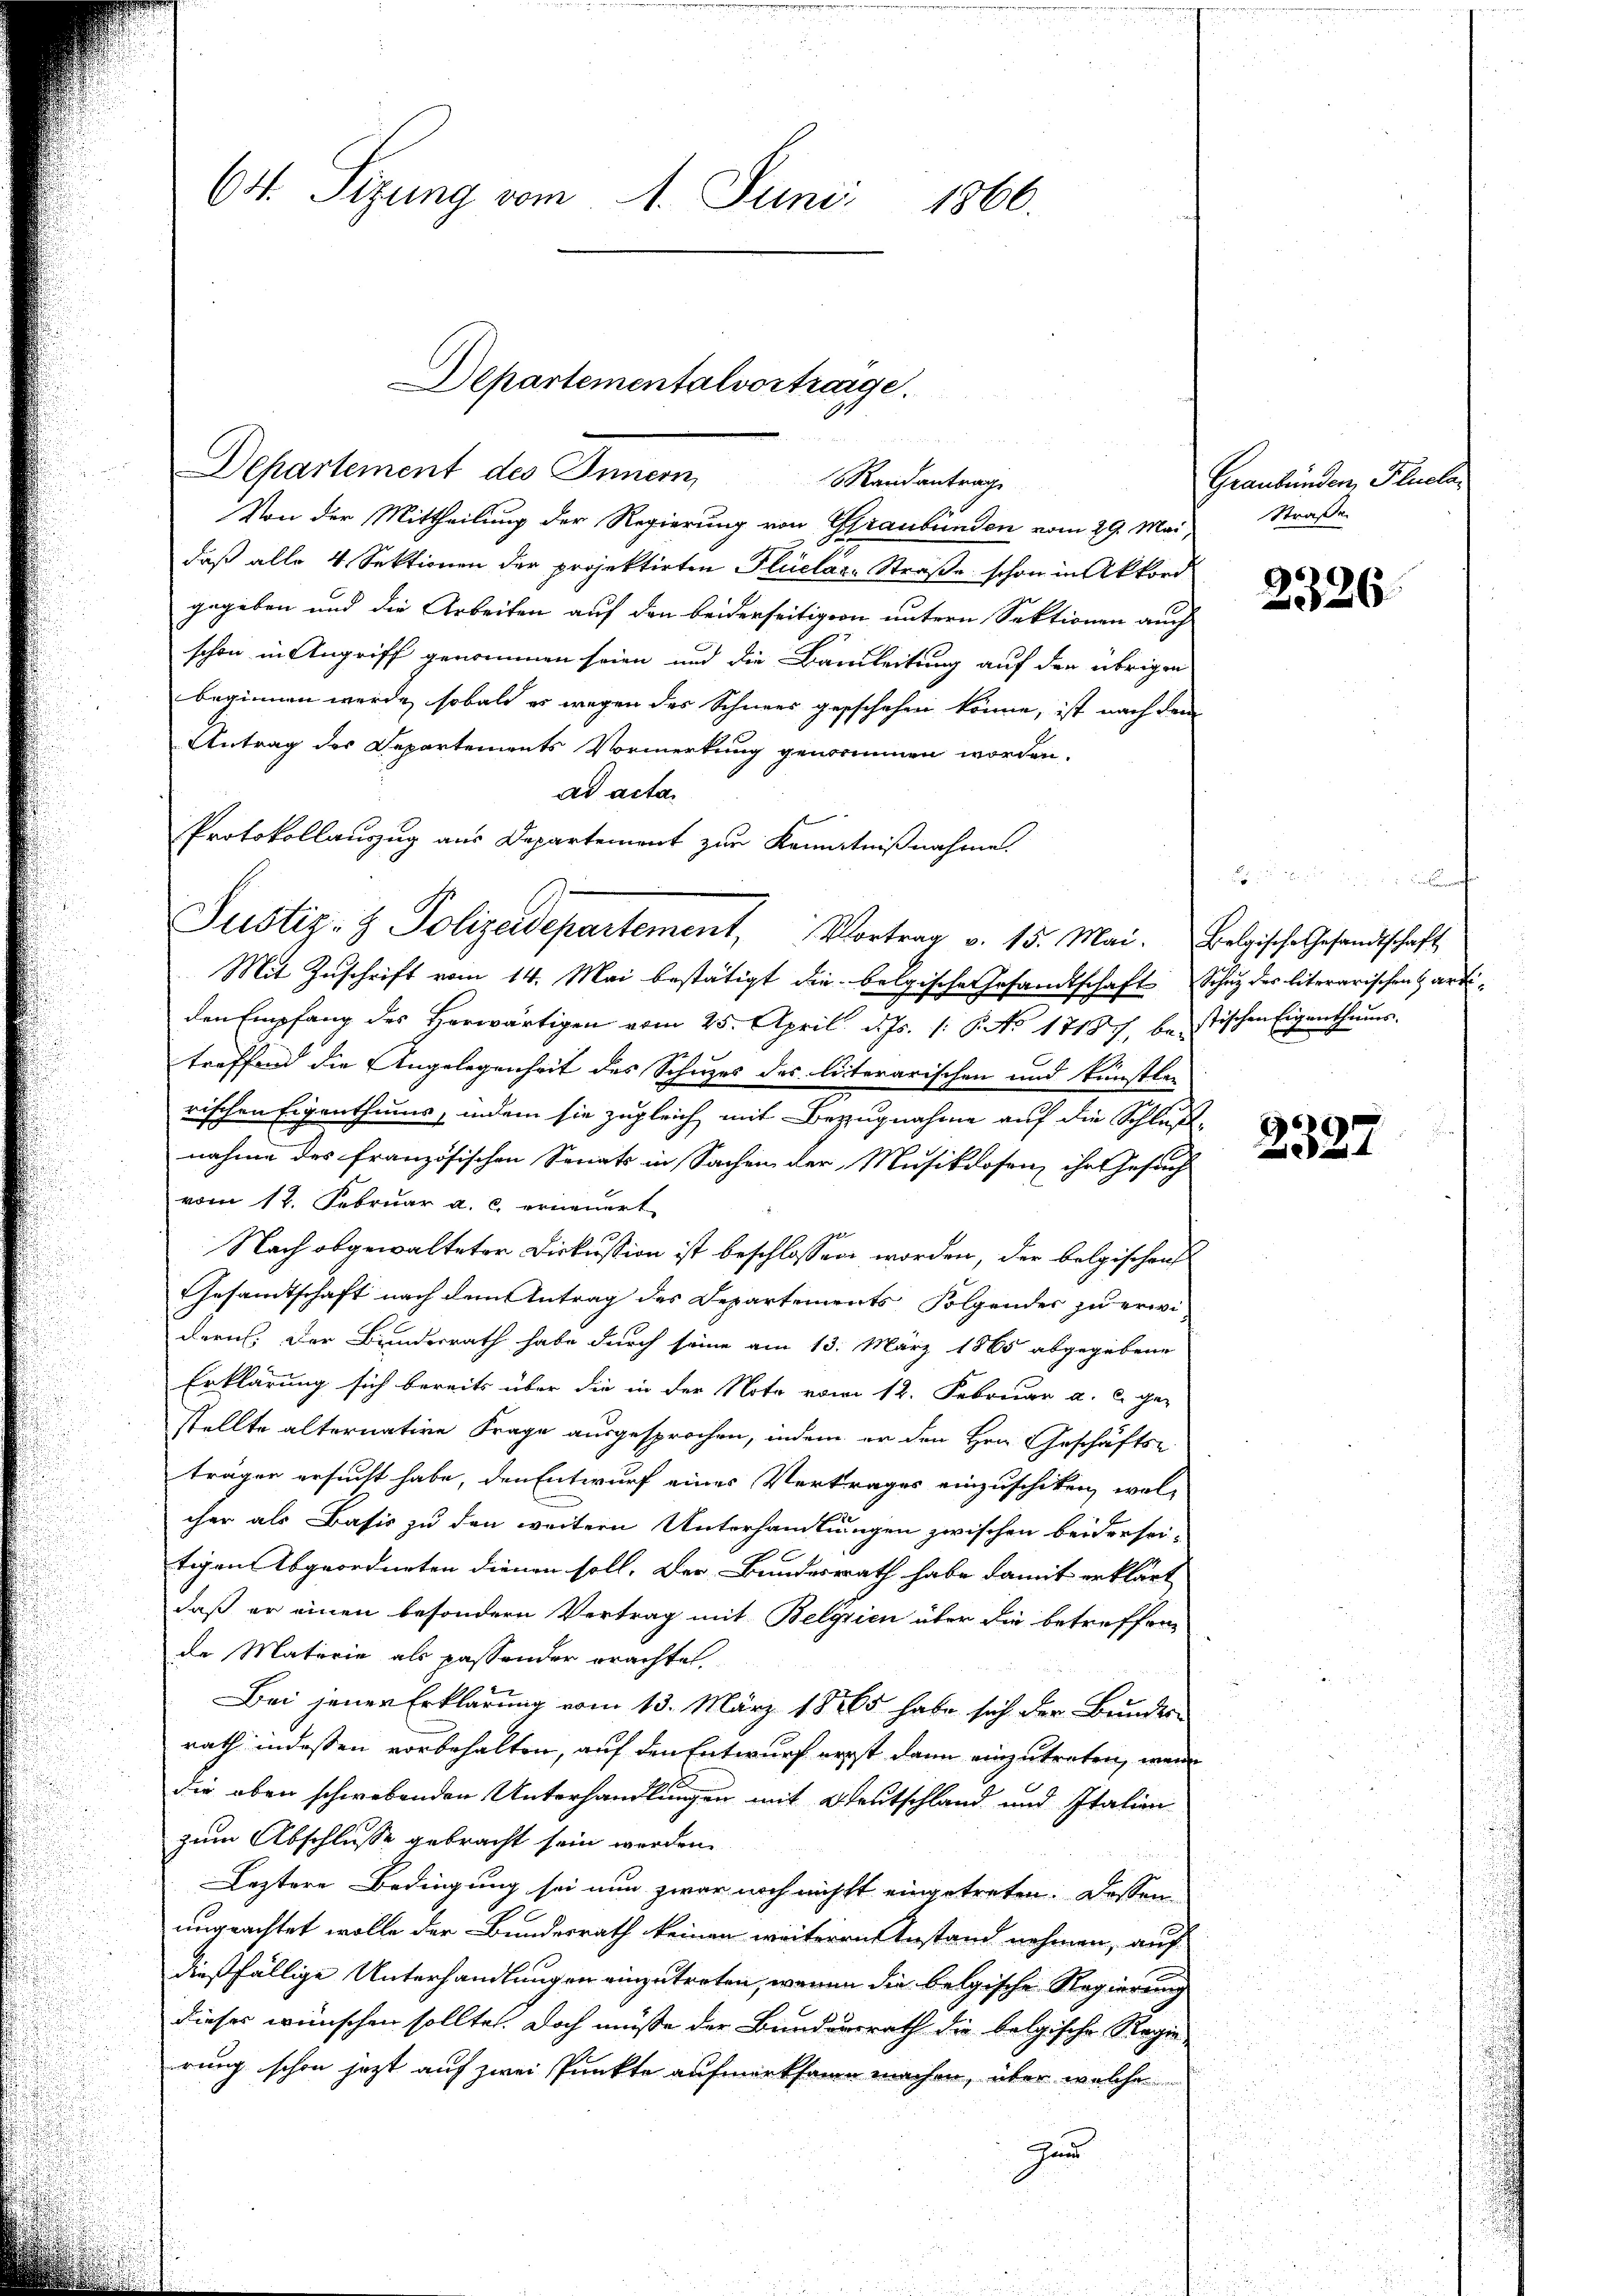
64. Sitzung vom 1. Juni
1866.

Departement des Innern Randantrage
Von der Mittheilung der Regierung von Graubünden vom 29. Mai,
daß alle 4 Sektionen der projektirten Pluclare Straße schon in Akkord
gegeben und die Arbeiten auf den beiderseitigern untern Sektionen auch
schon in Angriff genommen seien und die Bannleitung auf den übrigen
beginnen werde, sobald es wegen des Schneer gesschehen könne, ist nach dem
Antrag des Departements Vormerkung genommen worden.
ad acta.
Justiz- & Polizeidepartement, Vortrag v. 15. Mai. Belgische Gesandtschaft,
Mit Zuschrift vom 14. Mai bestätigt die belgische Gesandtschaft
den Empfang des Herwärtigen vom 25. April d. Js. 1. 6. No 1718, beistischen Eigenthums-
treffend die Angelegenheit des Schuzes des literarischen und künstle-
rischen Eigenthums, indem sie zugleich mit Bezugnahme auf die Schluß
nahme des französischen Senats in Sachen der Musikdosen ihr Gesuch
vom 17. Februar a. c. erneuert
Nach abgewalteter Diskussion ist beschlossen worden, der belgischen
Gesamtschaft nach dem Antrag des Departements Folgender zu erwi-
dern. Der Bundesrath habe durch seine am 13. März 1865 abgegebene
Erklärung sich bereits über die in der Note vom 12. Februar a. c. ge-
stellte alternative Frage ausgesprochen, indem er den Hrn. Geschäfts-
trägen ersucht habe, den Entwurf eines Vertrages einzuschiken, wel-
cher als Basis zu den weitern Unterhandlungen zwischen beidersei-
tigen Abgeordneten dienen soll. Der Bundesrath habe damit erklärt
daß er einen besondern Vertrag mit Belgrien über die betreffene
de Materie als passender Brachtet.
Bei jener Erklärung vom 13. März 1865 habe sich der Bundes-
rath indessen vorbehalten, auf den Entwurf erst dann einzutreten, wenn
die oben schwebenden Unterhandlungen mit Deutschland und Italien
zum Abschlusse gebracht sein werden.
Leztere Bedingung sei nun zwar noch nichtt eingetreten. Dassen
ungeachtet wolle der Bundesrath keinen weiteren Anstand nehmen, auf
dießfällige Unterhandlungen einzutreten, waren die belgische Regierung
dieses wünschen sollte. Doch müße der Bundesrath die belgische Regie-
rung schon jetzt auf zwei Punkte aufmerksame machen, über welche
Zun

Departementalvortrage.

Protokollauszug aus Departement zur Kenntnißnahme.

Graubündenz Plucla¬
Straße

2326.

Schutz des literarischen Hart¬

2327